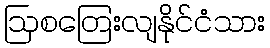
ဩစတြေးလျနိုင်ငံသား